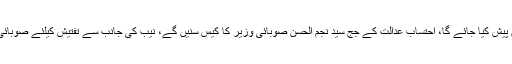
صوبائی وزیر کو ریمانڈ کیلئے کل احتساب عدالت میں پیش کیا جائے گا، احتساب عدالت کے جج سید نجم الحسن صوبائی وزیر کا کیس سنیں گے، نیب کی جانب سے تفتیش کیلئے صوبائی وزیر کے 15 روزہ ریمانڈ کی استدعا کی جائے گی۔